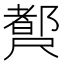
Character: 𡳣